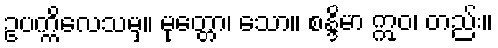
ဥပက္ကိလေသမှ။ မုတ္တော၊ သော။ စန္ဒိမာ ဣဝ၊ တည်း။